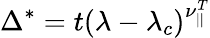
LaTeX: \Delta^{*}=t(\lambda-\lambda_{c})^{\nu_{||}^{T}}